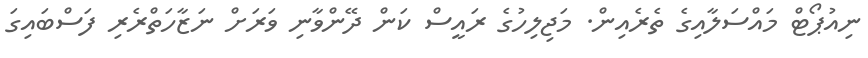
ނިއުޕޯޓް މައްސަލާއިގެ ތެރެއިން. މަޖިލިހުގެ ރައީސް ކަން ދޭންވާނި ވަރަށް ނަޒާހަތްރެރި ފަސްބައިގަ